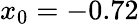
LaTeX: x_{0}=-0.72